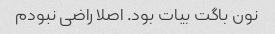
نون باگت بیات بود. اصلا راضی نبودم